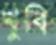
খুবি